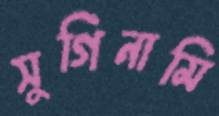
সুগিনামি